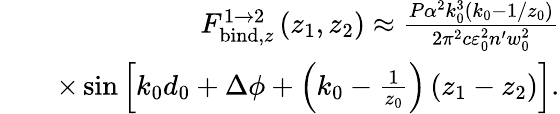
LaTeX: \begin{array}{rlr}&{}&{F_{\mathrm{bind},z}^{1\rightarrow 2}\left(z_{1},z_{2}\right)\approx\frac{P\alpha^{2}k_{0}^{3}\left(k_{0}-1/z_{0}\right)}{2\pi^{2}c\varepsilon_{0}^{2}n^{\prime}w_{0}^{2}}}\\ &{}&{\times\sin\left[k_{0}d_{0}+\Delta\phi+\left(k_{0}-\frac{1}{z_{0}}\right)\left(z_{1}-z_{2}\right)\right].}\end{array}